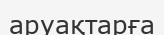
аруақтарға